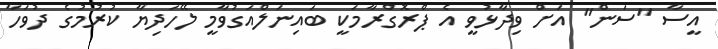
އީސާ "ސަން" އަށް ވިދާޅުވީ އެ ޕްރޮގްރާމަކީ ބައިނަލްއަގުވާމީ ލޭހަދިޔާ ކުރުމުގެ ދުވަހާ